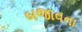
બજાવતા